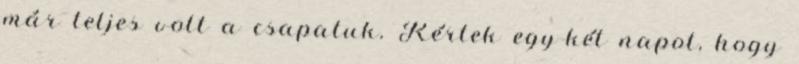
már teljes volt a csapatuk. Kértek egy-két napot, hogy